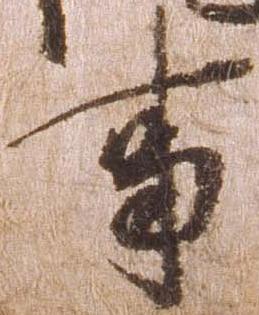
事